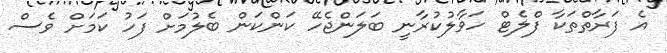
އެ ފަރާތްތަކާ ފްލެޓް ހަވާލުކުރާނީ ބަލަންޖެހޭ ކަންކަން ބެލުމަށް ފަހު ކަމަށް ވެސް